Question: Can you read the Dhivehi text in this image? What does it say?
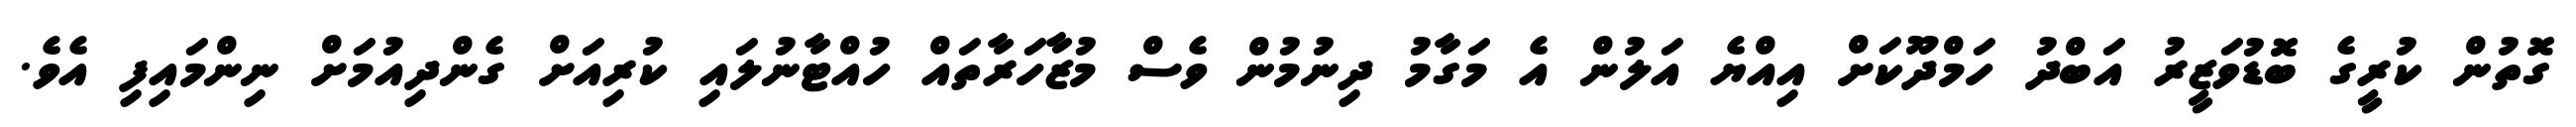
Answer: ގޮތުން ކުރީގެ ބޮޑުވަޒީރު އަބްދު ހަމްދޫކަށް އިއްޔެ އަލުން އެ މަގާމު ދިނުމުން ވެސް މުޒާހަރާތައް ހުއްޓާނުލައި ކުރިއަށް ގެންދިއުމަށް ނިންމައިފި އެވެ.